Source: Handwritten
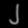
Digit: ၂ (2)